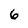
Character: 6